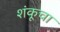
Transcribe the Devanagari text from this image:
शंकूचा